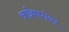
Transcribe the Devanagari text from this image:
आईबापांवर